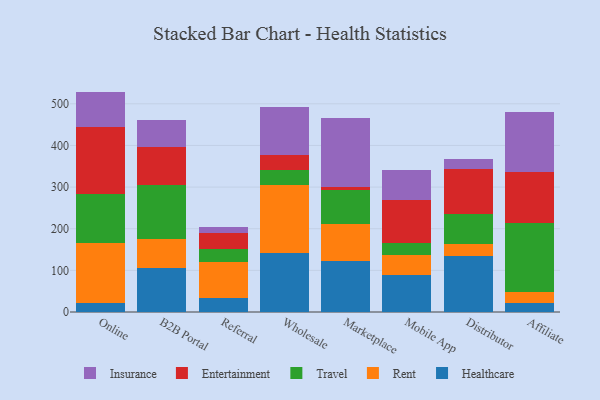
{"axis": {"x": "Channel", "y": "Headcount"}, "legend": ["Entertainment", "Healthcare", "Insurance", "Rent", "Travel"], "data": [{"x": "Online", "y": 22.8, "type": "Healthcare"}, {"x": "Online", "y": 143.5, "type": "Rent"}, {"x": "Online", "y": 116.7, "type": "Travel"}, {"x": "Online", "y": 161.3, "type": "Entertainment"}, {"x": "Online", "y": 85.0, "type": "Insurance"}, {"x": "B2B Portal", "y": 105.6, "type": "Healthcare"}, {"x": "B2B Portal", "y": 70.4, "type": "Rent"}, {"x": "B2B Portal", "y": 130.1, "type": "Travel"}, {"x": "B2B Portal", "y": 89.2, "type": "Entertainment"}, {"x": "B2B Portal", "y": 66.9, "type": "Insurance"}, {"x": "Referral", "y": 33.0, "type": "Healthcare"}, {"x": "Referral", "y": 88.1, "type": "Rent"}, {"x": "Referral", "y": 30.8, "type": "Travel"}, {"x": "Referral", "y": 39.0, "type": "Entertainment"}, {"x": "Referral", "y": 13.2, "type": "Insurance"}, {"x": "Wholesale", "y": 142.8, "type": "Healthcare"}, {"x": "Wholesale", "y": 163.2, "type": "Rent"}, {"x": "Wholesale", "y": 35.2, "type": "Travel"}, {"x": "Wholesale", "y": 36.1, "type": "Entertainment"}, {"x": "Wholesale", "y": 115.1, "type": "Insurance"}, {"x": "Marketplace", "y": 122.6, "type": "Healthcare"}, {"x": "Marketplace", "y": 89.8, "type": "Rent"}, {"x": "Marketplace", "y": 80.0, "type": "Travel"}, {"x": "Marketplace", "y": 8.7, "type": "Entertainment"}, {"x": "Marketplace", "y": 163.7, "type": "Insurance"}, {"x": "Mobile App", "y": 87.9, "type": "Healthcare"}, {"x": "Mobile App", "y": 48.6, "type": "Rent"}, {"x": "Mobile App", "y": 29.3, "type": "Travel"}, {"x": "Mobile App", "y": 103.0, "type": "Entertainment"}, {"x": "Mobile App", "y": 72.9, "type": "Insurance"}, {"x": "Distributor", "y": 133.4, "type": "Healthcare"}, {"x": "Distributor", "y": 30.4, "type": "Rent"}, {"x": "Distributor", "y": 70.4, "type": "Travel"}, {"x": "Distributor", "y": 108.5, "type": "Entertainment"}, {"x": "Distributor", "y": 24.3, "type": "Insurance"}, {"x": "Affiliate", "y": 22.1, "type": "Healthcare"}, {"x": "Affiliate", "y": 26.8, "type": "Rent"}, {"x": "Affiliate", "y": 165.8, "type": "Travel"}, {"x": "Affiliate", "y": 121.1, "type": "Entertainment"}, {"x": "Affiliate", "y": 144.8, "type": "Insurance"}]}